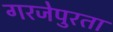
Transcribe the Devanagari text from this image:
गरजेपुरता